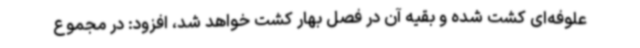
علوفه‌ای کشت شده و بقیه آن در فصل بهار کشت خواهد شد، افزود: در مجموع